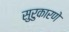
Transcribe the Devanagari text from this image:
सुरुकारणे